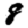
Digit: 8